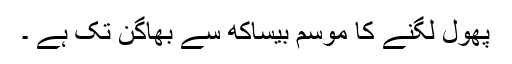
پھول لگنے کا موسم بیساکھ سے بھاگن تک ہے ۔